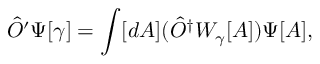
{ \hat { O } } ^ { \prime } \Psi [ \gamma ] = \int [ d A ] ( { \hat { O } } ^ { \dagger } W _ { \gamma } [ A ] ) \Psi [ A ] ,